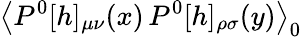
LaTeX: \left<P^{0}[h]_{\mu\nu}(x)\, P^{0}[h]_{\rho\sigma}(y)\right>_{0}